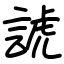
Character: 諕